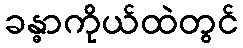
ခန္ဓာကိုယ်ထဲတွင်